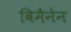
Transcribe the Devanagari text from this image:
विमैनेन